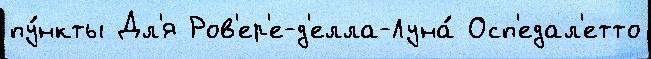
пу́нкты Дл'я Ров'ер'е-д'елла-Луна́ Осп'едал'етто